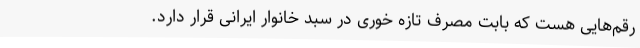
رقم‌هایی هست که بابت مصرف تازه خوری در سبد خانوار ایرانی قرار دارد.